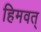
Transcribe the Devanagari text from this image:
हिमवत्